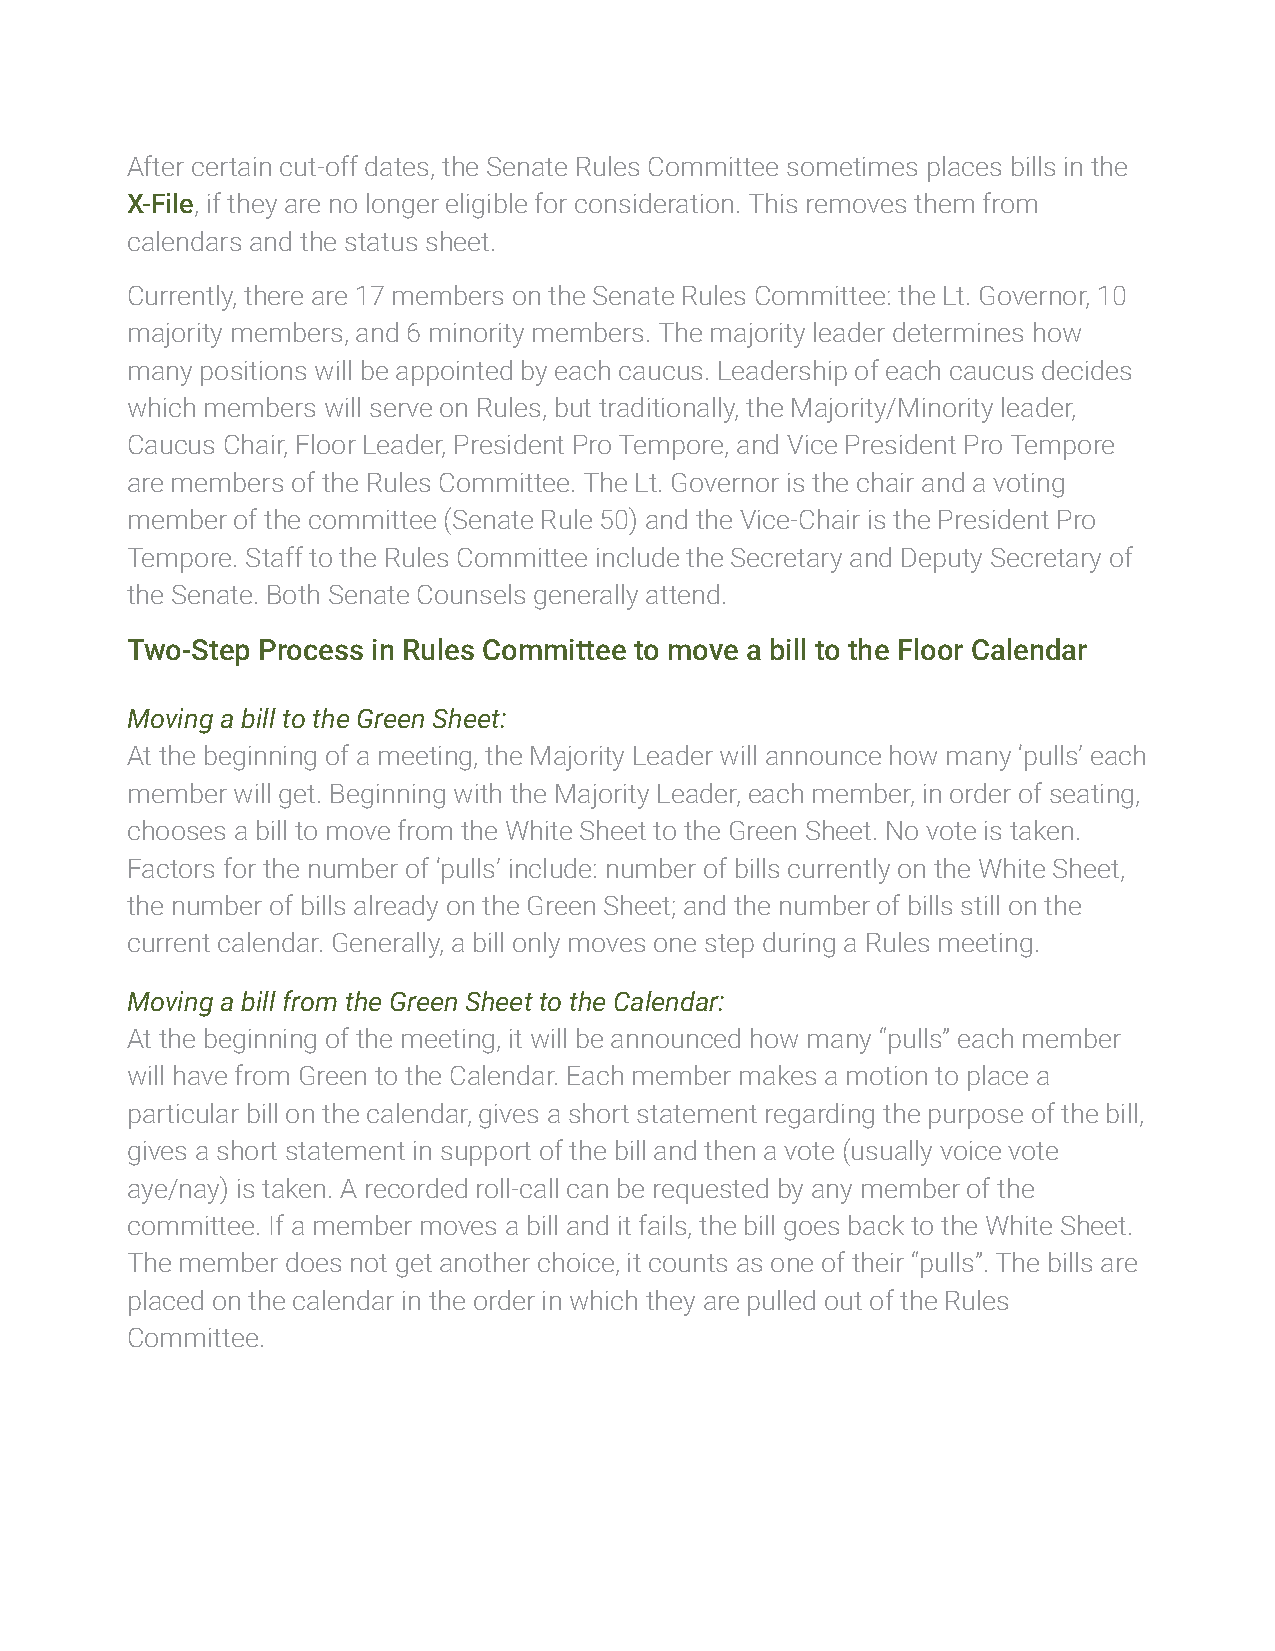
After certain cut-off dates, the Senate Rules Committee sometimes places bills in the
 X-File, if they are no longer eligible for consideration. This removes them from
 calendars and the status sheet.
 Currently, there are 17 members on the Senate Rules Committee: the Lt. Governor, 10
 majority members, and 6 minority members. The majority leader determines how
 many positions will be appointed by each caucus. Leadership of each caucus decides
 which members will serve on Rules, but traditionally, the Majority/Minority leader,
 Caucus Chair, Floor Leader, President Pro Tempore, and Vice President Pro Tempore
 are members of the Rules Committee. The Lt. Governor is the chair and a voting
 member of the committee (Senate Rule 50) and the Vice-Chair is the President Pro
 Tempore. Staff to the Rules Committee include the Secretary and Deputy Secretary of
 the Senate. Both Senate Counsels generally attend.
 Two-Step Process in Rules Committee to move a bill to the Floor Calendar
 Moving a bill to the Green Sheet:
 At the beginning of a meeting, the Majority Leader will announce how many ‘pulls’ each
 member will get. Beginning with the Majority Leader, each member, in order of seating,
 chooses a bill to move from the White Sheet to the Green Sheet. No vote is taken.
 Factors for the number of ‘pulls’ include: number of bills currently on the White Sheet,
 the number of bills already on the Green Sheet; and the number of bills still on the
 current calendar. Generally, a bill only moves one step during a Rules meeting.
 Moving a bill from the Green Sheet to the Calendar:
 At the beginning of the meeting, it will be announced how many “pulls” each member
 will have from Green to the Calendar. Each member makes a motion to place a
 particular bill on the calendar, gives a short statement regarding the purpose of the bill,
 gives a short statement in support of the bill and then a vote (usually voice vote
 aye/nay) is taken. A recorded roll-call can be requested by any member of the
 committee. If a member moves a bill and it fails, the bill goes back to the White Sheet.
 The member does not get another choice, it counts as one of their “pulls”. The bills are
 placed on the calendar in the order in which they are pulled out of the Rules
 Committee.